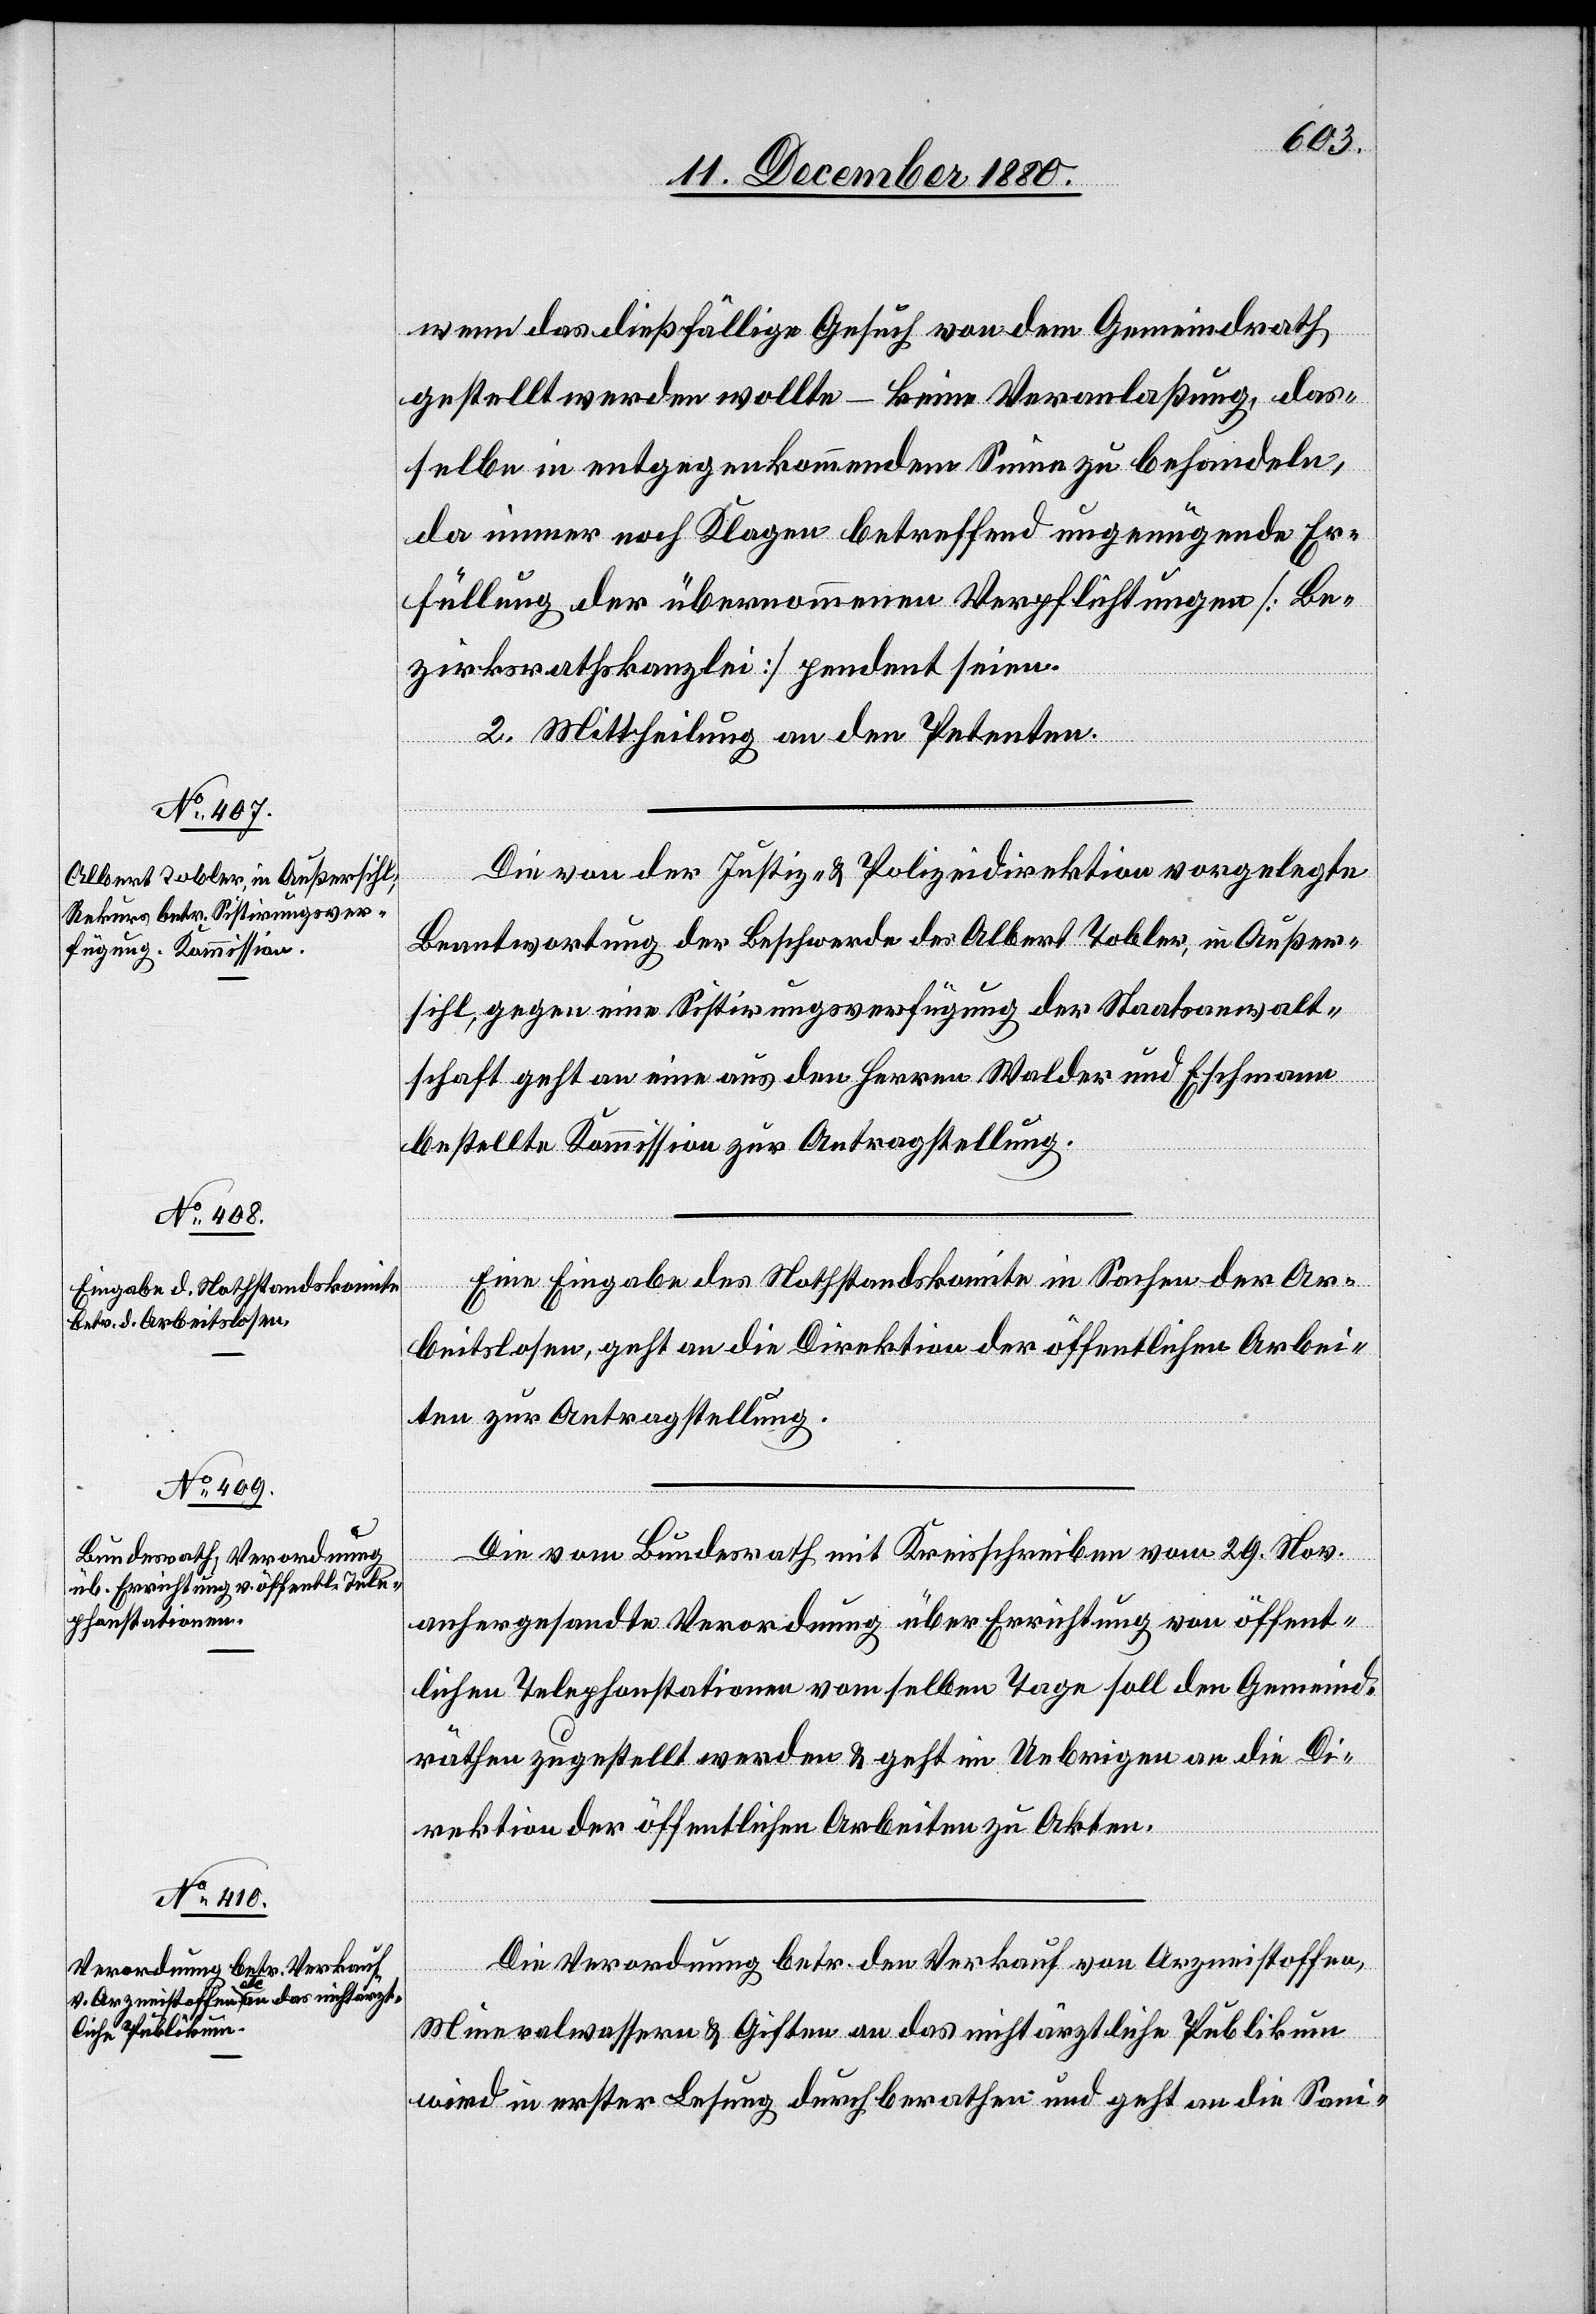
wenn das dießfällige Gesuch von dem Gemeindrath
gestellt werden wollte – keine Veranlaßung das¬
selbe in entgegenkommendem Sinne zu behandeln,
da immer noch Klagen betreffend ungenügende Er¬
füllung der übernommenen Verpflichtungen [Be¬
zirksrathskanzlei] pendent seien.
2. Mittheilung an den Petenten.
Die von der Justiz- & Polizeidirektion vorgelegte
Beantwortung der Beschwerde des Albert Tobler, in Außer¬
sihl, gegen eine Sistirungsverfügung der Staatsanwalt¬
schaft geht an eine aus den Herren Walder und Eschmann
bestellte Kommission zur Antragstellung.
Eine Eingabe des Nothstandskomite in Sachen der Ar¬
beitslosen, geht an die Direktion der öffentlichen Arbei¬
ten zur Antragstellung.
Die vom Bundesrath mit Kreisschreiben vom 29. Nov.
anhergesandte Verordnung über Errichtung von öffent¬
lichen Telephonstationen vom selben Tage soll den Gemeind¬
räthen zugestellt werden & geht im Uebrigen an die Di¬
rektion der öffentlichen Arbeiten zu Akten.
Die Verordnung betr. den Verkauf von Arzneistoffen,
Mineralwassern & Giften an das nicht ärztliche Publikum
wird in erster Lesung durchberathen und geht an die Sani-